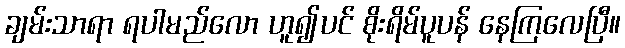
ချမ်းသာရာ ရပါမည်လော ဟူ၍ပင် စိုးရိမ်ပူပန် နေကြလေပြီ။